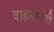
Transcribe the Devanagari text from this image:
वाहनानेही